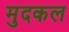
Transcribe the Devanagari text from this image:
मुदकल